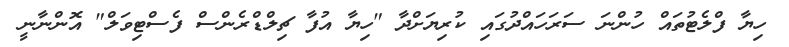
ހިޔާ ފްލެޓުތައް ހުންނަ ސަރަހައްދުގައި ކުރިޔަށްދާ "ހިޔާ އުފާ ޗިލްޑްރެންސް ފެސްޓިވަލް" އޮންނާނީ